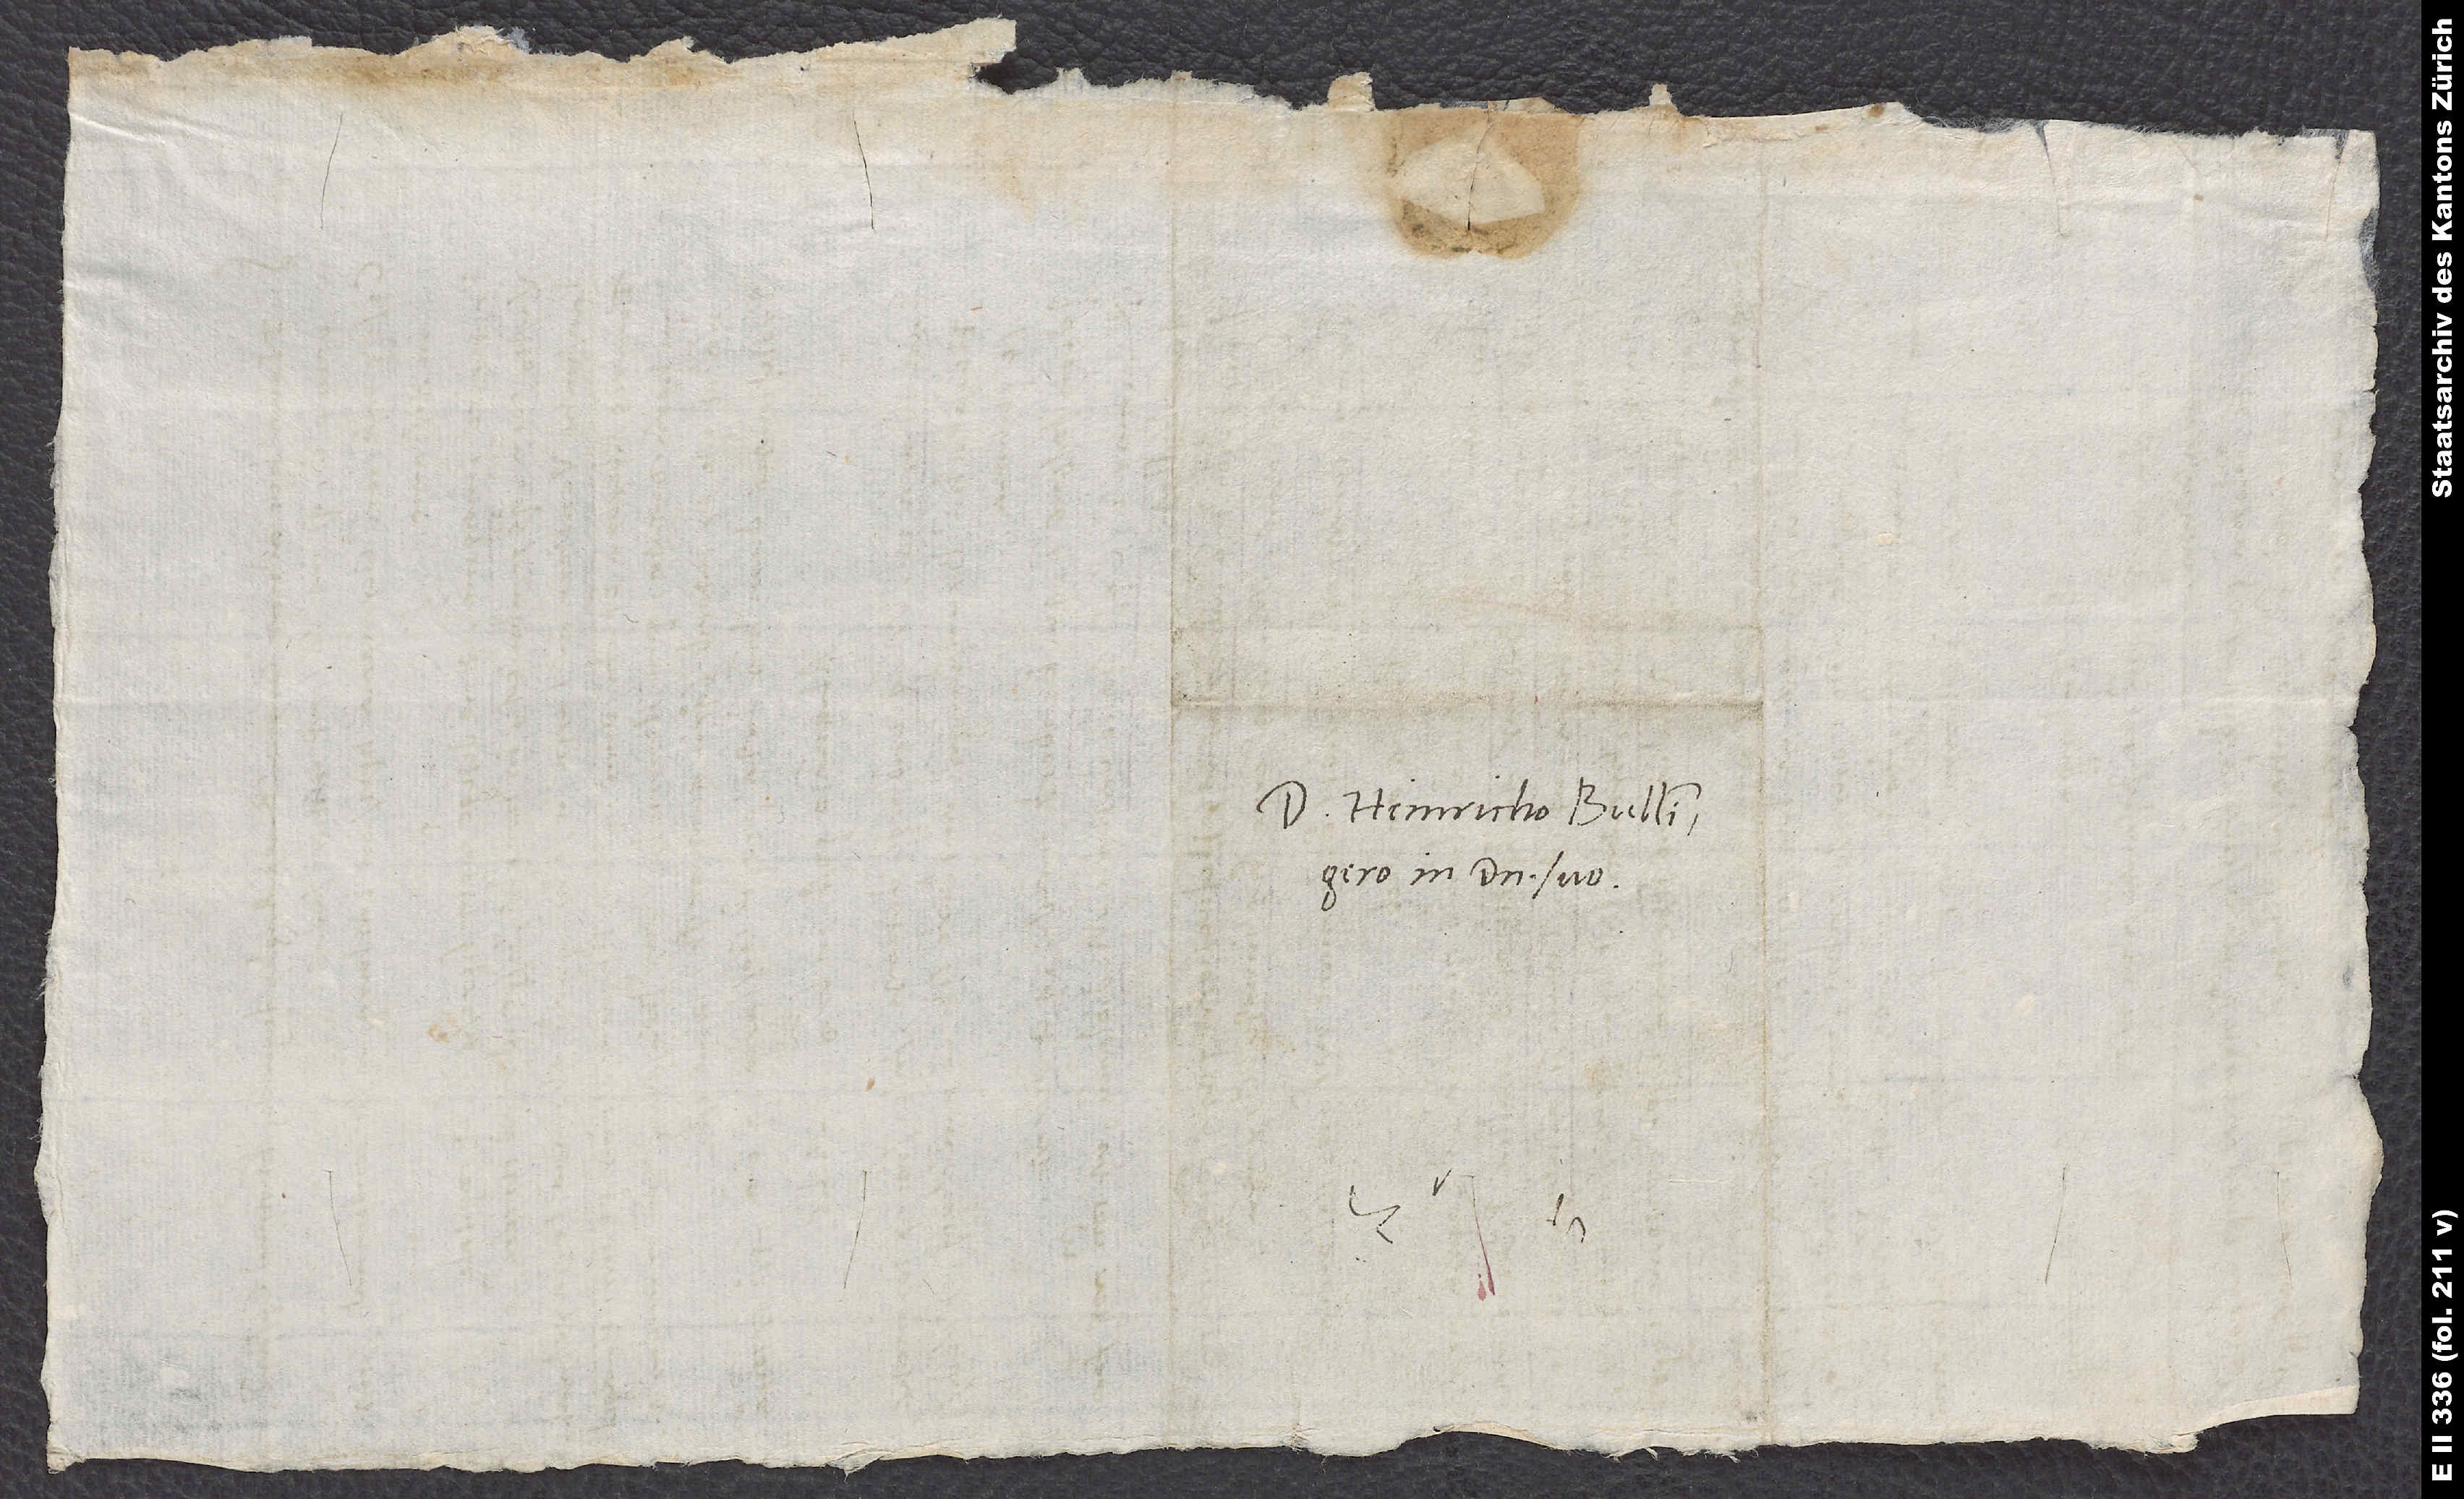
Domino Heinricho Bullingero,
in domino suo.